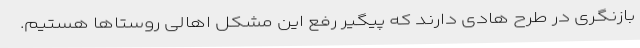
بازنگری در طرح هادی دارند که پیگیر رفع این مشکل اهالی روستاها هستیم.